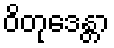
ဝိတုဒေန္တာ